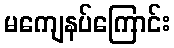
မကျေနပ်ကြောင်း